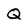
Character: Q